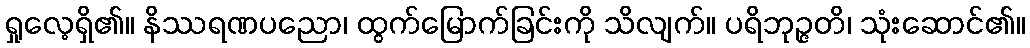
ရှုလေ့ရှိ၏။ နိဿရဏပညော၊ ထွက်မြောက်ခြင်းကို သိလျက်။ ပရိဘုဉ္ဇတိ၊ သုံးဆောင်၏။